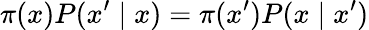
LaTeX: \pi(x)P(x^{\prime}\mid x)=\pi(x^{\prime})P(x\mid x^{\prime})